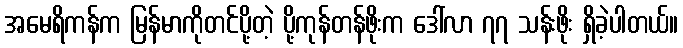
အမေရိကန်က မြန်မာကိုတင်ပို့တဲ့ ပို့ကုန်တန်ဖိုးက ဒေါ်လာ ၇၇ သန်းဖိုး ရှိခဲ့ပါတယ်။